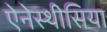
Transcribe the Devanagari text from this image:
ऐनेस्थीसिया